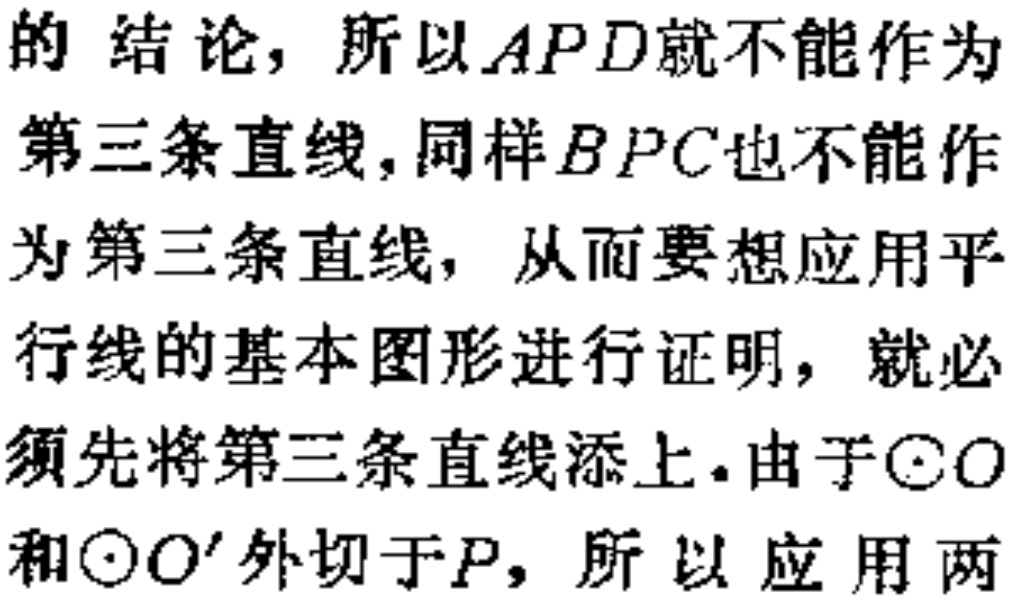
的 结论，所以\(APD\)就不能作为
第三条直线，同样\(BPC\)也不能作
为第三条直线，从而要想应用平
行线的基本图形进行证明，就必
须先将第三条直线添上。由于\(\odot O\)
和\(\odot O'\)外切于\(P\)，所以应用两